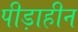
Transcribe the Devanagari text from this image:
पीड़ाहीन